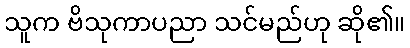
သူက ဗိသုကာပညာ သင်မည်ဟု ဆို၏။